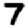
Digit: 7